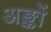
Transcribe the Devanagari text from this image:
अङ्कों